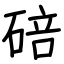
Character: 碚